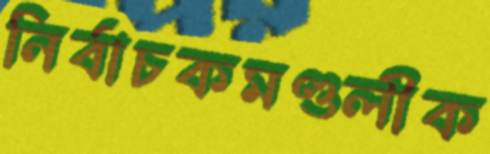
নির্বাচকমণ্ডলীক